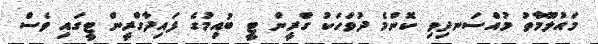
މައުލޫމާތު މުއްސަނދިވި ކޮންމެ ދުވަހަކު ގްރީން ޓީ ބުއިމުގެ ފައިދާގްރީން ޓީގައި ވެސް